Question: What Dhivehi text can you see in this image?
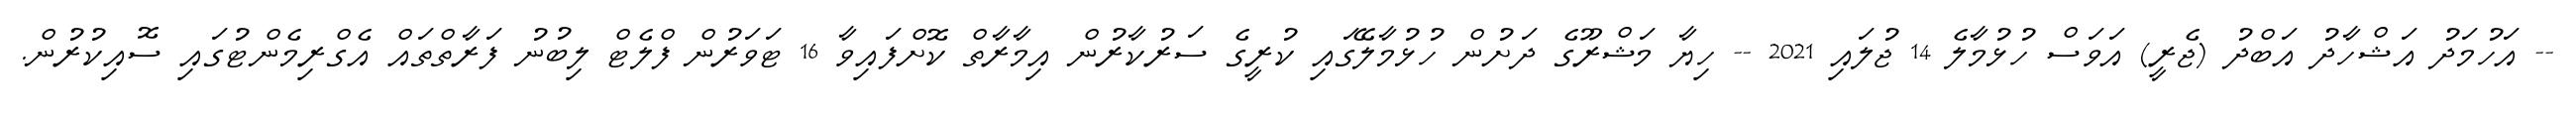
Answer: -- އަހުމަދު އަޝްހާދު އަބްދު (ޖެރީ) އަވަސް ހުޅުމާލެ 14 ޖުލައި 2021 -- ހިޔާ މަޝްރޫގެ ދަށުން ހުޅުމާލޭގައި ކުރީގެ ސަރުކާރުން އިމާރާތް ކޮށްފައިވާ 16 ޓަވަރުން ފްލެޓް ލިބުނު ފަރާތްތައް އެގްރިމެންޓުގައި ސޮއިކުރުން.